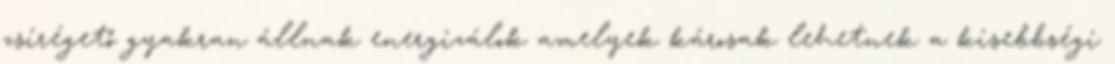
zsírégető gyakran állnak energizálok amelyek károsak lehetnek a kisebbségi